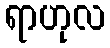
ရာဟုလ